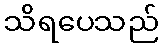
သိရပေသည်